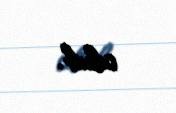
olub.